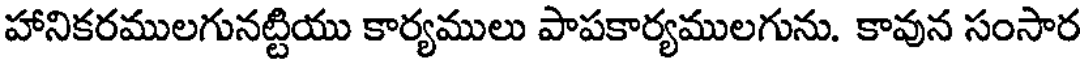
హానికరములగునట్టియు కార్యములు పాపకార్యములగును. కావున సంసార